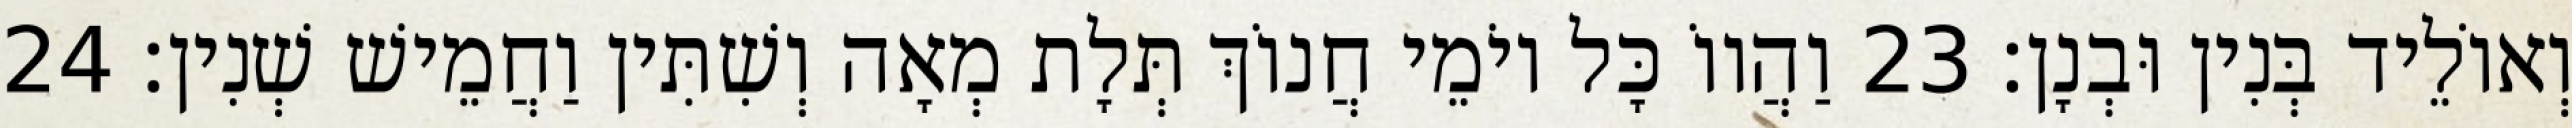
וְאוֹלֵיד בְּנִין וּבְנָן׃ 23 וַהֲווֹ כָּל יוֹמֵי חֲנוֹךְ תְּלָת מְאָה וְשִׁתִּין וַחֲמֵישׁ שְׁנִין׃ 24